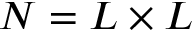
N = L \times L